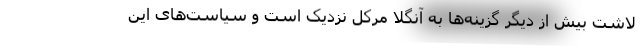
لاشت بیش از دیگر گزینه‌ها به آنگلا مرکل نزدیک است و سیاست‌های این